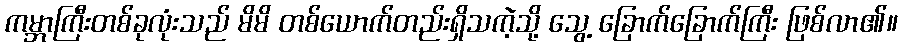
ကမ္ဘာကြီးတစ်ခုလုံးသည် မိမိ တစ်ယောက်တည်းရှိသကဲ့သို့ သွေ့ ခြောက်ခြောက်ကြီး ဖြစ်လာ၏။